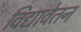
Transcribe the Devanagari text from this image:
विद्यावेतन